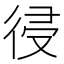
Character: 𢔀